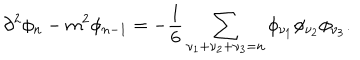
LaTeX: \partial ^ { 2 } \phi _ { n } - m ^ { 2 } \phi _ { n - 1 } = - \frac { 1 } { 6 } \sum _ { \nu _ { 1 } + \nu _ { 2 } + \nu _ { 3 } = n } \phi _ { \nu _ { 1 } } \phi _ { \nu _ { 2 } } \phi _ { \nu _ { 3 } } .